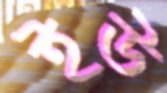
ইউ